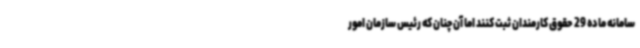
سامانه ماده 29 حقوق کارمندان ثبت کنند اما آن‌چنان که رئیس سازمان امور